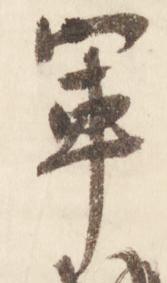
軍